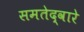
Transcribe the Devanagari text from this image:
समतेद्वारे